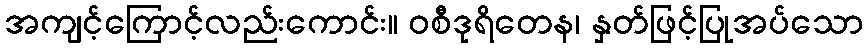
အကျင့်ကြောင့်လည်းကောင်း။ ဝစီဒုရိတေန၊ နှတ်ဖြင့်ပြုအပ်သော